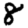
Digit: 8